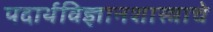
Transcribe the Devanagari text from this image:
पदार्थविज्ञानशास्त्राचे